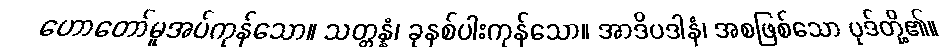
ဟောတော်မူအပ်ကုန်သော။ သတ္တန္နံ၊ ခုနစ်ပါးကုန်သော။ အာဒိပဒါနံ၊ အစဖြစ်သော ပုဒ်တို့၏။